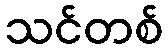
သင်တစ်